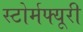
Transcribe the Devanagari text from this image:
स्टोर्मफ्यूरी